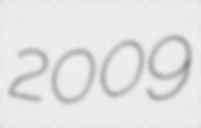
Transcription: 2009